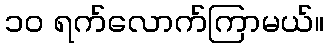
၁၀ ရက်လောက်ကြာမယ်။